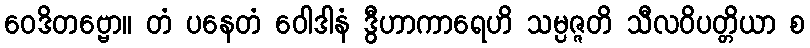
ဝေဒိတဗ္ဗော။ တံ ပနေတံ ဝေါဒါနံ ဒွီဟာကာရေဟိ သမ္ပဇ္ဇတိ သီလဝိပတ္တိယာ စ